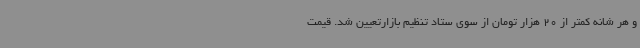
و هر شانه کمتر از 20 هزار تومان از سوی ستاد تنظیم بازارتعیین شد. قیمت